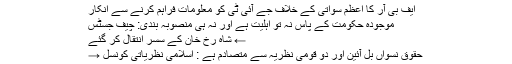
ایف بی آر کا اعظم سواتی کے خلاف جے آئی ٹی کو معلومات فراہم کرنے سے انکار
موجودہ حکومت کے پاس نہ تو اہلیت ہے اور نہ ہی منصوبہ بندی: چیف جسٹس
← شاہ رخ خان کے سسر انتقال کر گئے
حقوق نسواں بل آئین اور دو قومی نظریہ سے متصادم ہے : اسلامی نظریاتی کونسل →